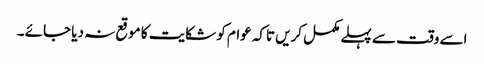
اسے وقت سے پہلے مکمل کریں تاکہ عوام کو شکایت کا موقع نہ دیا جائے ۔